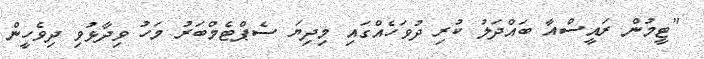
"ޓީމުން ރައީސްއާ ބައްދަލު ކުރި ދުވަހެއްގައި މިދިޔަ ސެޕްޓެމްބަރު މަހު ވިދާޅުވި ދިވެހީން